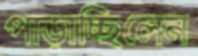
পাড়াচ্ছিলেন